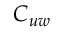
C _ { u w }